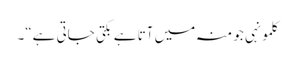
کلمونہی جو منہ میں آتا ہے بکتی جاتی ہے“۔